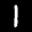
Label: 1